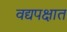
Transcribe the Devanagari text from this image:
वद्यपक्षात